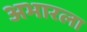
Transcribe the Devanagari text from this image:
अभारला